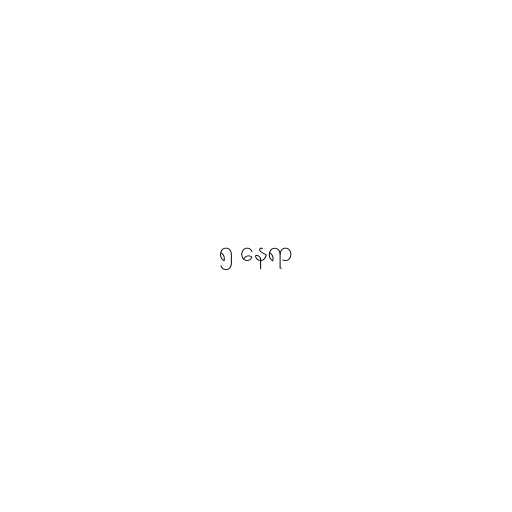
၅ နေရာ